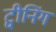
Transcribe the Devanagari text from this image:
ट्वीनिंग